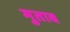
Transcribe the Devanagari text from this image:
मुताव